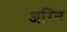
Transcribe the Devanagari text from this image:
अग्‍नि